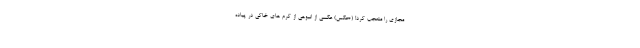
مجازی را متعجب کرد! (+عکس) عکسی از انبوهی از کرم های خاکی در پیاده